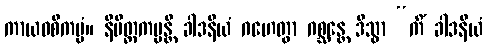
ကာယဝစီကမ္မံ။ နိမိတ္တကမ္မန္တိ ခါဒနီယံ ဂဟေတွာ ဂစ္ဆန္တေ ဒိသွာ “ကိံ ခါဒနီယံ